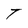
Character: T